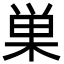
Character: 巣